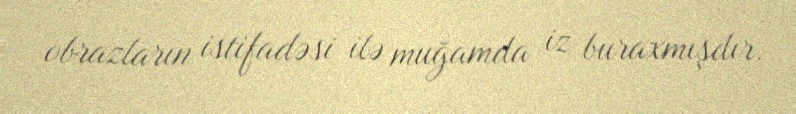
obrazların istifadəsi ilə muğamda iz buraxmışdır.